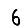
Digit: 6